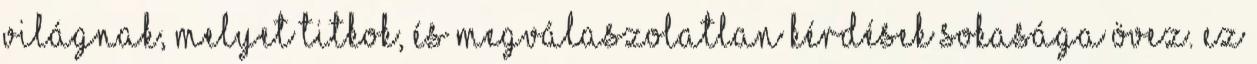
világnak, melyet titkok, és megválaszolatlan kérdések sokasága övez. Ez